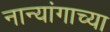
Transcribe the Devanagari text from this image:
नान्यांगाच्या